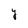
Character: y